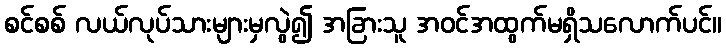
စင်စစ် လယ်လုပ်သားများမှလွဲ၍ အခြားသူ အဝင်အထွက်မရှိသလောက်ပင်။